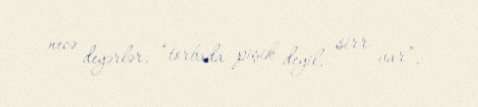
necə deyərlər, “torbada pişik deyil, sirr var”.